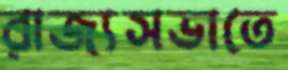
রাজ্যসভাতে